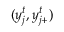
( y _ { j } ^ { t } , y _ { j + } ^ { t } )